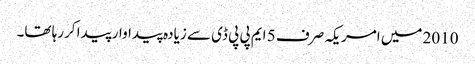
2010 میں امریکہ صرف 5 ایم پی پی ڈی سے زیادہ پیداوار پیدا کررہا تھا۔